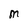
Character: M